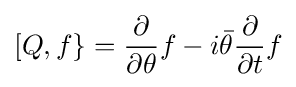
[Q,f\}={\frac {\partial }{\partial \theta }}f-i{\bar {\theta }}{\frac {\partial }{\partial t}}f